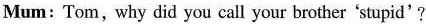
Mum: Tom, why did you call your brother 'stupid'?